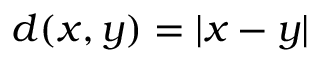
d ( x , y ) = | x - y |